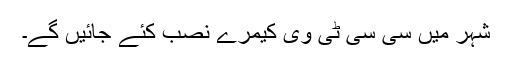
شہر میں سی سی ٹی وی کیمرے نصب کئے جائیں گے۔